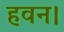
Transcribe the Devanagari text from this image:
हवन।